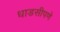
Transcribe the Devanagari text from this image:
धाडसीपणे